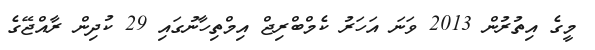
މީގެ އިތުރުން 2013 ވަނަ އަހަރު ކެމްބްރިޖް އިމްތިހާނުގައި 29 ކުދިން ރާއްޖޭގެ